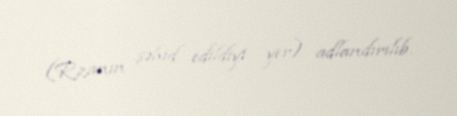
(Rzanın şəhid edildiyi yer) adlandırılıb.